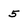
Character: 5